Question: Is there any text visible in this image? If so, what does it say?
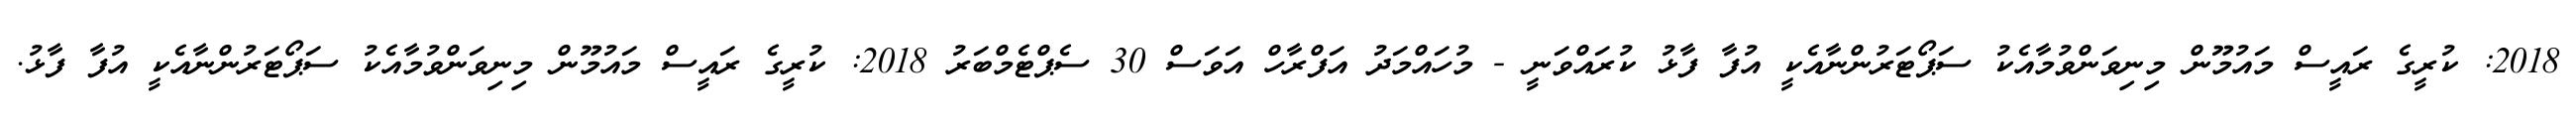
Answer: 2018: ކުރީގެ ރައީސް މައުމޫން މިނިވަންވުމާއެކު ސަޕޯޓަރުންނާއެކީ އުފާ ފާޅު ކުރައްވަނީ - މުހައްމަދު އަފްރާހް އަވަސް 30 ސެޕްޓެމްބަރު 2018: ކުރީގެ ރައީސް މައުމޫން މިނިވަންވުމާއެކު ސަޕޯޓަރުންނާއެކީ އުފާ ފާޅު.